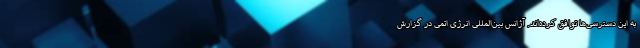
به این دسترسی‌ها توافق کرده‌اند. آژانس بین‌المللی انرژی اتمی در گزارش